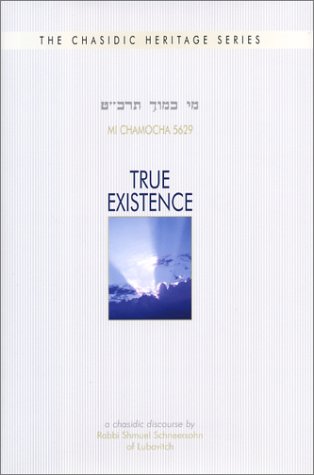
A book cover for True Existence: A Chasidic Discourse (Chasidic Heritage); Rabbi Shmuel Schneersohn; Religion & Spirituality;